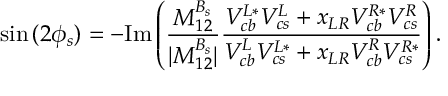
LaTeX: \sin { ( 2 \phi _ { s } ) } = - \mathrm { I m } \left( { \frac { M _ { 1 2 } ^ { B _ { s } } } { | M _ { 1 2 } ^ { B _ { s } } | } } { \frac { V _ { c b } ^ { L * } V _ { c s } ^ { L } + x _ { L R } V _ { c b } ^ { R * } V _ { c s } ^ { R } } { V _ { c b } ^ { L } V _ { c s } ^ { L * } + x _ { L R } V _ { c b } ^ { R } V _ { c s } ^ { R * } } } \right) .